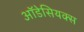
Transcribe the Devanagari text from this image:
ऑडेसियक्स